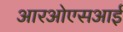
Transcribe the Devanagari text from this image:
आरओएसआई